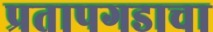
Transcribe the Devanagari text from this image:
प्रतापगडाचा